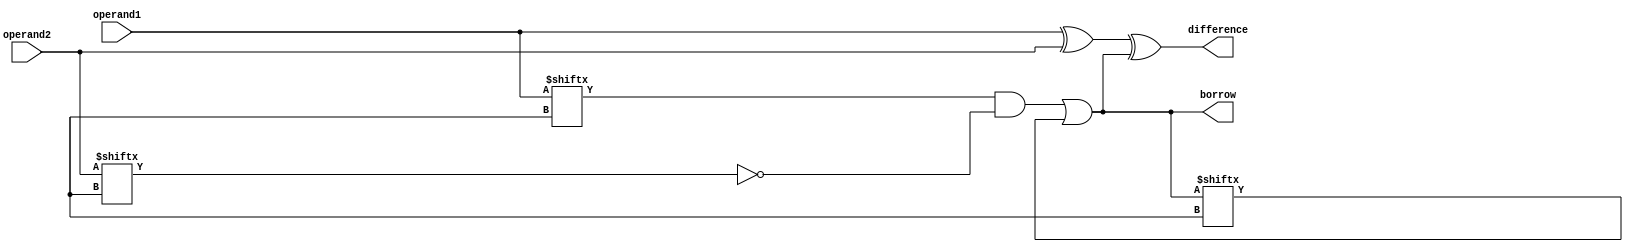
module GateLevelSubtractor (
    input [7:0] operand1,
    input [7:0] operand2,
    output [7:0] difference,
    output borrow
);

assign borrow = |(&{(operand1[i] & ~operand2[i])} | (&borrow[i]));
assign difference = operand1 ^ operand2 ^ borrow;

endmodule